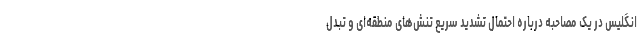
انگلیس در یک مصاحبه درباره احتمال تشدید سریع تنش‌های منطقه‌ای و تبدل